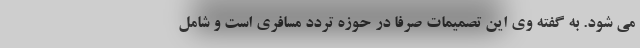
می شود. به گفته وی این تصمیمات صرفا در حوزه تردد مسافری است و شامل